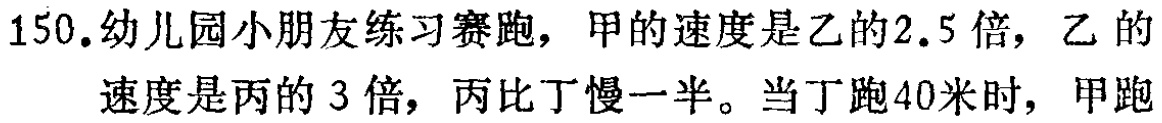
150.幼儿园小朋友练习赛跑，甲的速度是乙的2.5倍，乙 的速度是丙的 3 倍，丙比丁慢一半。当丁跑40米时，甲跑